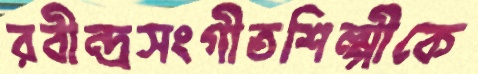
রবীন্দ্রসংগীতশিল্পীকে